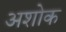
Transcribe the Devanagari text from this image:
अशोक